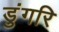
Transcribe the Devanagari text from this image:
डुंगरि